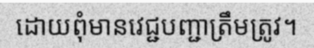
ដោយពុំមានវេជ្ជបញ្ជាត្រឹមត្រូវ។